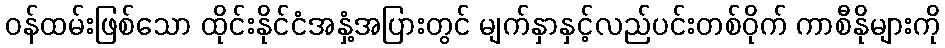
ဝန်ထမ်းဖြစ်သော ထိုင်းနိုင်ငံအနှံ့အပြားတွင် မျက်နှာနှင့်လည်ပင်းတစ်ဝိုက် ကာစီနိုများကို